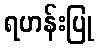
ရဟန်းပြု